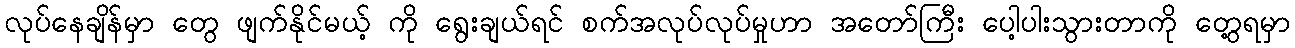
လုပ်နေချိန်မှာ တွေ ဖျက်နိုင်မယ့် ကို ရွေးချယ်ရင် စက်အလုပ်လုပ်မှုဟာ အတော်ကြီး ပေါ့ပါးသွားတာကို တွေ့ရမှာ